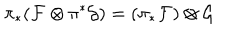
\pi _ { * } ( { \cal F } \otimes \pi ^ { * } { \cal G } ) = ( \pi _ { * } { \cal F } ) \otimes { \cal G }